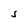
Character: S